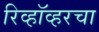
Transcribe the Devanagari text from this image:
रिव्हॉव्हरचा